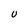
Character: U